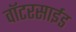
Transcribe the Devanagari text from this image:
वॉटरसाईड